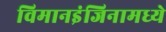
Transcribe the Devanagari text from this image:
विमानइंजिनामध्ये